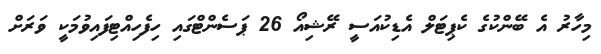
މިހާރު އެ ބޭންކުގެ ކެޕިޓަލް އެޑިކުއަސީ ރޭޝިއޯ 26 ޕަސެންޓްގައި ހިފެހިއްޓިފައިވުމަކީ ވަރަށް